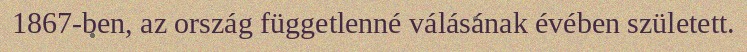
1867-ben, az ország függetlenné válásának évében született.